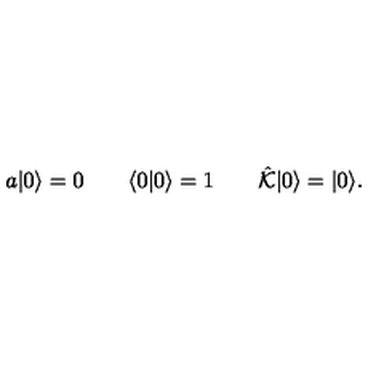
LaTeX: a | 0 \rangle = 0 \qquad \langle 0 | 0 \rangle = 1 \qquad \hat { \cal K } | 0 \rangle = | 0 \rangle .